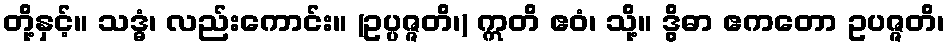
တို့နှင့်။ သဒ္ဓံ၊ လည်းကောင်း။ (ဥပ္ပဇ္ဇတိ၊) ဣတိ ဧဝံ၊ သို့။ ဒွိဓာ ဧကတော ဥပဇ္ဇတိ၊